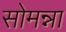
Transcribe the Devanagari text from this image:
सोमन्ना